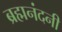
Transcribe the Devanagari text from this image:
ब्रह्मनंदनी